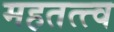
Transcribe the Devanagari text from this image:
महतत्त्व